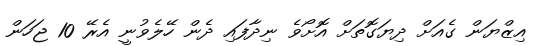
އިޒްޔަން ގެއަށް ދިޔަގޮތަށް އޮށޯވެ ނިދާފައި ދެން ހޭލެވުނީ އެރޭ 10 ޖަހަން